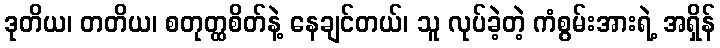
ဒုတိယ၊ တတိယ၊ စတုတ္ထစိတ်နဲ့ နေချင်တယ်၊ သူ လုပ်ခဲ့တဲ့ ကံစွမ်းအားရဲ့ အရှိန်